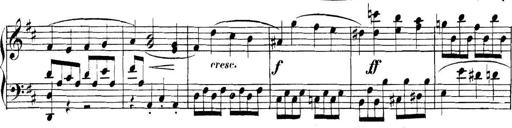
Title: Collected Piano Sonatas
Composer: Muzio Clementi